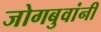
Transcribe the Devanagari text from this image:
जोगबुवांनी